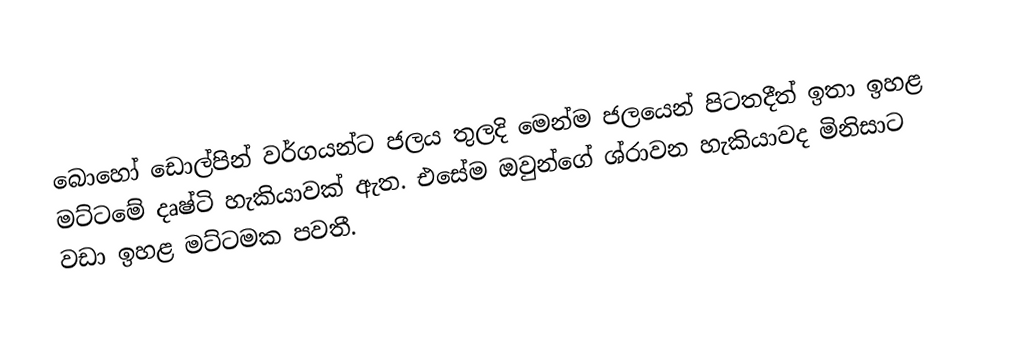
බොහෝ ඩොල්පින් වර්ගයන්ට ජලය තුලදි මෙන්ම ජලයෙන් පිටතදීත් ඉතා ඉහළ මට්ටමේ දෘෂ්ටි හැකියාවක් ඇත. එසේම ඔවුන්ගේ ශ්රාවන හැකි‍යාවද මිනිසාට වඩා ඉහළ මට්ටමක පවතී.